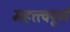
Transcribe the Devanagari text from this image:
महत्त्त्वपूर्ण